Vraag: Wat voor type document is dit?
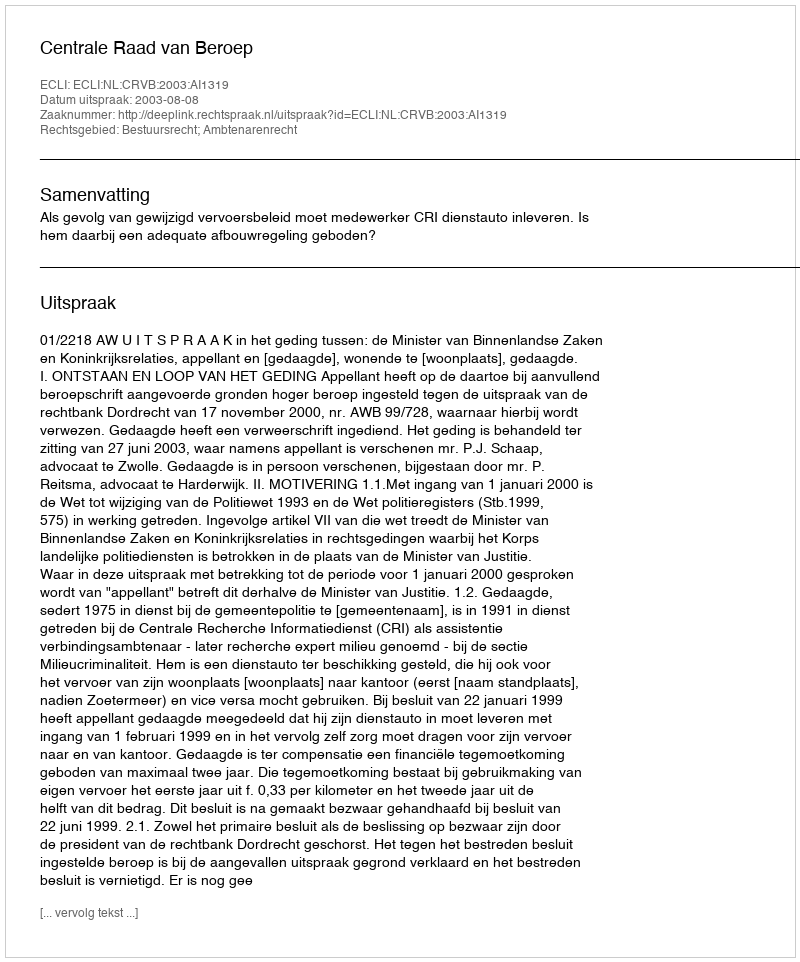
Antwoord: Uitspraak